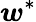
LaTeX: \boldsymbol{\mathit{w}}^{*}